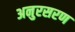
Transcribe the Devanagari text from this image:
अनुरसरण